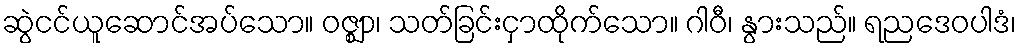
ဆွဲငင်ယူဆောင်အပ်သော။ ဝဇ္ဈာ၊ သတ်ခြင်းငှာထိုက်သော။ ဂါဝီ၊ နွားသည်။ ရညဒေဝပါဒံ၊